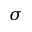
\sigma